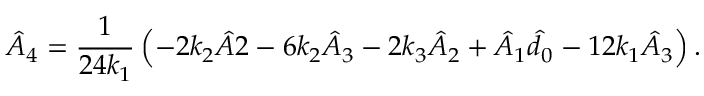
\hat { A } _ { 4 } = \frac { 1 } { 2 4 k _ { 1 } } \left( - 2 k _ { 2 } \hat { A } 2 - 6 k _ { 2 } \hat { A } _ { 3 } - 2 k _ { 3 } \hat { A } _ { 2 } + \hat { A } _ { 1 } \hat { d } _ { 0 } - 1 2 k _ { 1 } \hat { A } _ { 3 } \right) .